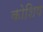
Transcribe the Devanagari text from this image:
कोशिष